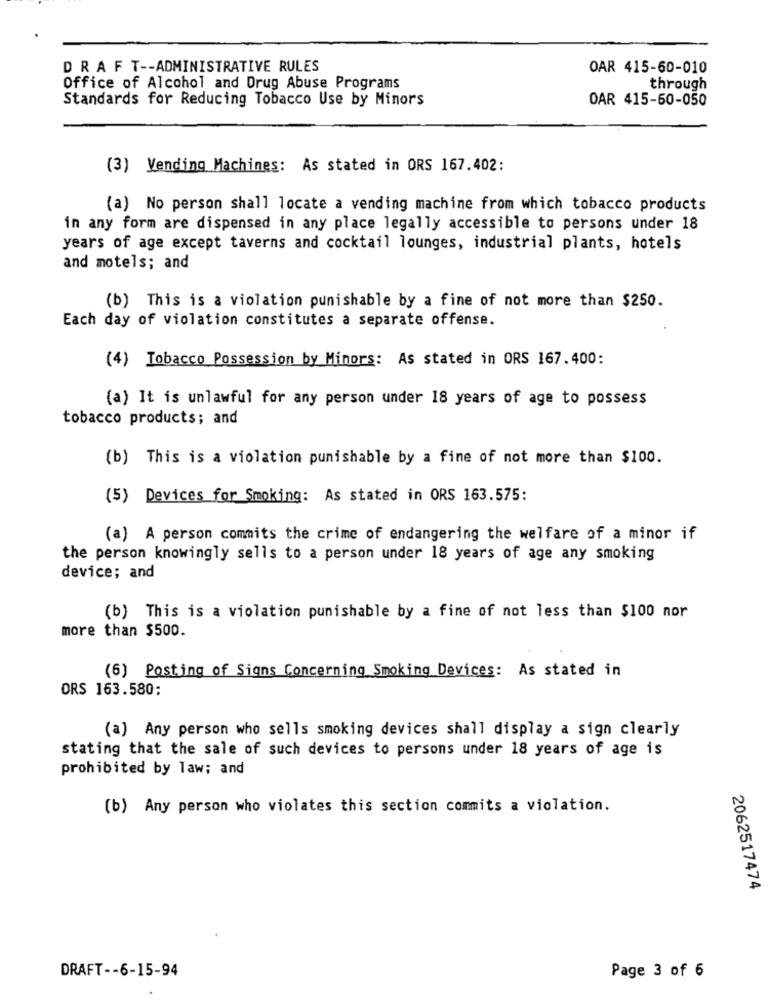
DRAFT -- ADMINISTRATIVE RULES
OAR 415-60-010
Office of Alcohol and Drug Abuse Programs
through
Standards for Reducing Tobacco Use by Minors
OAR 415-60-050
(3) Vending Machines: As stated in ORS 167.402:
(a) No person shall locate a vending machine from which tobacco products
in any form are dispensed in any place legally accessible to persons under 18
years of age except taverns and cocktail lounges, industrial plants, hotels
and motels; and
(b) This is a violation punishable by a fine of not more than $250.
Each day of violation constitutes a separate offense.
(4) Tobacco Possession by Minors: As stated in ORS 167.400:
(a) It is unlawful for any person under 18 years of age to possess
tobacco products; and
(b) This is a violation punishable by a fine of not more than $100.
(5) Devices for Smoking: As stated in ORS 163.575:
(a) A person commits the crime of endangering the welfare of a minor if
the person knowingly sells to a person under 18 years of age any smoking
device; and
(b) This is a violation punishable by a fine of not less than $100 nor
more than $500.
(6) Posting of Signs Concerning Smoking Devices: As stated in
ORS 163.580:
(a) Any person who sells smoking devices shall display a sign clearly
stating that the sale of such devices to persons under 18 years of age is
prohibited by law; and
(b) Any person who violates this section commits a violation.
2062517474
DRAFT -- 6-15-94
Page 3 of 6